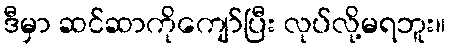
ဒီမှာ ဆင်ဆာကိုကျော်ပြီး လုပ်လို့မရဘူး။